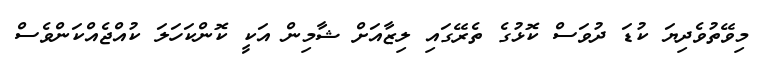
މިވޭތުވެދިޔަ ކުޑަ ދުވަސް ކޮޅުގެ ތެރޭގައި ލިޒާއަށް ޝާމިން އަކީ ކޮންކަހަލަ ކުއްޖެއްކަންވެސް